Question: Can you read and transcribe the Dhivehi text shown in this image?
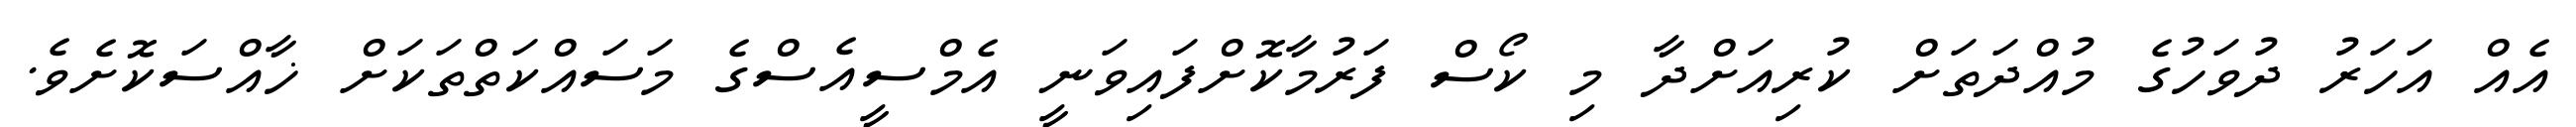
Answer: އެއް އަހަރު ދުވަހުގެ މުއްދަތަށް ކުރިއަށްދާ މި ކޯސް ފަރުމާކޮށްފައިވަނީ އެމްސީއެސްގެ މަސައްކަތްތަކަށް ޚާއްސަކޮށެވެ.